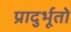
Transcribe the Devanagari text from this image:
प्रादुर्भूतो